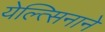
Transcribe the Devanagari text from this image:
येल्त्सिनाने